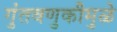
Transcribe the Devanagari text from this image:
गुंतवणुकीमुळे